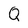
Character: Q